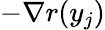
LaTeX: -\nabla r(y_{j})